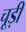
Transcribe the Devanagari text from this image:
चूड़ीं